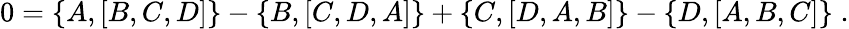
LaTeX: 0=\left\{ A,\left[B,C,D\right]\right\} -\left\{ B,\left[C,D,A\right]\right\} +\left\{ C,\left[D,A,B\right]\right\} -\left\{ D,\left[A,B,C\right]\right\} \; .